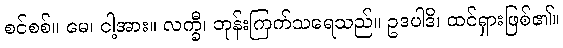
စင်စစ်။ မေ၊ ငါ့အား။ လက္ခီ၊ ဘုန်းကြက်သရေသည်။ ဥဒပါဒိ၊ ထင်ရှားဖြစ်၏။